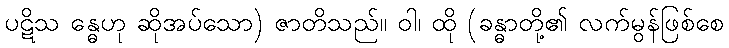
ပဋိသ န္ဓေဟု ဆိုအပ်သော) ဇာတိသည်။ ဝါ၊ ထို (ခန္ဓာတို့၏ လက်မွန်ဖြစ်စေ